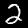
Label: 2